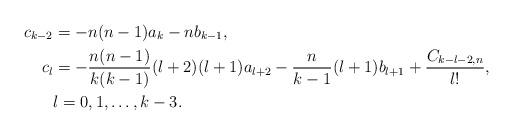
LaTeX: \begin{align*} c_{k-2} &= - n(n-1) a_k - n b_{k-1}, \\ c_l &= - \frac{n(n-1)}{k(k-1)} (l+2)(l+1) a_{l+2} - \frac{n}{k-1} (l+1) b_{l+1} + \frac{C_{k-l-2,n}}{l!}, \\ & l=0, 1, \ldots, k-3. \end{align*}